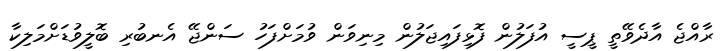
ރާއްޖެ އާދެވޭތީ ޕީސީ އުފަލުން ފޮޅިފައިޖަލުން މިނިވަން ވުމަށްފަހު ސަންޖޭ އެނބުރި ބޮލީވުޑަށްމަލިކާ